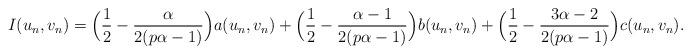
LaTeX: \begin{align*}I(u_{n},v_{n})=\Big(\frac{1}{2}-\frac{\alpha}{2(p\alpha-1)}\Big)a(u_{n},v_{n})+\Big(\frac{1}{2}-\frac{\alpha-1}{2(p\alpha-1)}\Big)b(u_{n},v_{n})+\Big(\frac{1}{2}-\frac{3\alpha-2}{2(p\alpha-1)}\Big)c(u_{n},v_{n}).\end{align*}